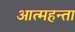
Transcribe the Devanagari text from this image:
आत्महन्ता